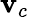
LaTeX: \mathbf{v}_{c}